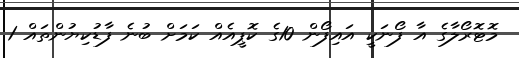
މޮޓޮރޯލާގެ އާ ފޯނަކީ އައިފޯން 10ގެ ކޮޕީއެއް ކަމަށް ބުނެ ފާޑުކިޔުންތައް 1